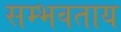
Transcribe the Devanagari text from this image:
सम्भवताय